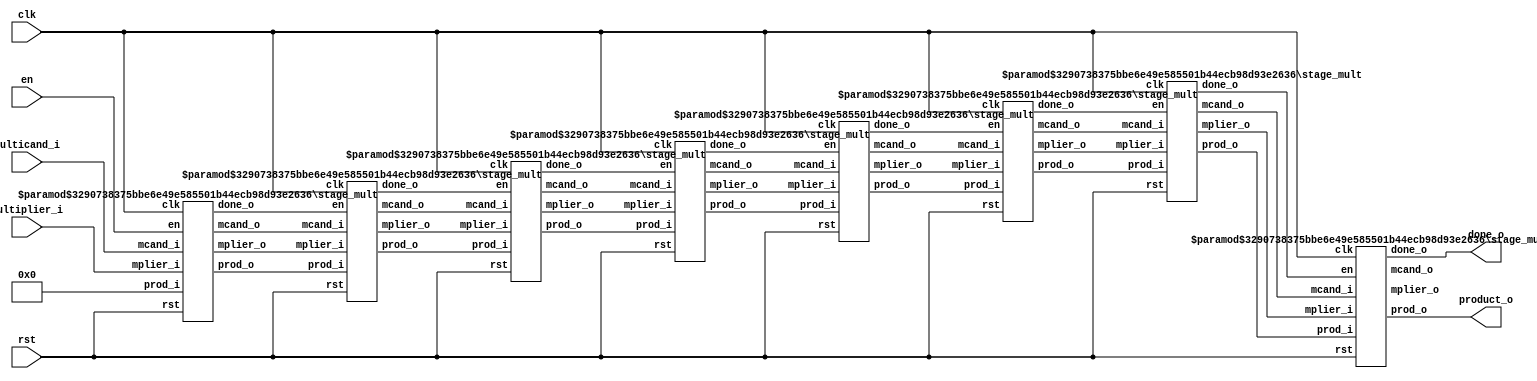
/*
* Copyright (c) 2017 Cory Perry
*
* Permission is hereby granted, free of charge, to any person obtaining a copy
* of this software and associated documentation files (the "Software"), to deal
* in the Software without restriction, including without limitation the rights
* to use, copy, modify, merge, publish, distribute, sublicense, and/or sell
* copies of the Software, and to permit persons to whom the Software is
* furnished to do so, subject to the following conditions:
*
* The above copyright notice and this permission notice shall be included in all
* copies or substantial portions of the Software.
*
* THE SOFTWARE IS PROVIDED "AS IS", WITHOUT WARRANTY OF ANY KIND, EXPRESS OR
* IMPLIED, INCLUDING BUT NOT LIMITED TO THE WARRANTIES OF MERCHANTABILITY,
* FITNESS FOR A PARTICULAR PURPOSE AND NONINFRINGEMENT. IN NO EVENT SHALL THE
* AUTHORS OR COPYRIGHT HOLDERS BE LIABLE FOR ANY CLAIM, DAMAGES OR OTHER
* LIABILITY, WHETHER IN AN ACTION OF CONTRACT, TORT OR OTHERWISE, ARISING FROM,
* OUT OF OR IN CONNECTION WITH THE SOFTWARE OR THE USE OR OTHER DEALINGS IN THE
* SOFTWARE.
*/

module pipe_mult
#(
  parameter DATA_WIDTH = 32,
  parameter STAGES = 8
)
(
  input wire clk,
  input wire rst,
  input wire en,
  input wire  [DATA_WIDTH-1:0] multiplier_i,
  input wire  [DATA_WIDTH-1:0] multicand_i,
  output wire [DATA_WIDTH-1:0] product_o,
  output wire done_o
);
  wire [STAGES-2:0]   inner_dones;
  wire [DATA_WIDTH*(STAGES-1)-1:0] inner_mpliers, inner_mcands, inner_prods;
  wire [DATA_WIDTH-1:0] final_mcand, final_mplier;

  stage_mult #(DATA_WIDTH, DATA_WIDTH / STAGES) stages [STAGES-1:0]
  (
    .clk(clk), .rst(rst),
    .en({inner_dones, en}),
      .mcand_i({inner_mcands, multicand_i}),
      .mplier_i({inner_mpliers, multiplier_i}),
      .prod_i({inner_prods, {DATA_WIDTH{1'b0}}}),
    .done_o({done_o, inner_dones}),
      .mcand_o({final_mcand, inner_mcands}),
      .mplier_o({final_mplier, inner_mpliers}),
      .prod_o({product_o, inner_prods})
  );
  
endmodule

module stage_mult
#(
  parameter DATA_WIDTH = 32,
  parameter SEL_WIDTH = 8
)
(
  input  wire clk,
  input  wire rst,
  input  wire en,
  input  wire [DATA_WIDTH-1:0] mcand_i, mplier_i, prod_i,
  output wire done_o,
  output wire [DATA_WIDTH-1:0] mcand_o, mplier_o, prod_o
);
  wire [DATA_WIDTH-1:0] partial_prod;
  reg  [DATA_WIDTH-1:0] mcand, mplier, prod;
  reg  done;

  assign partial_prod = mplier_i[SEL_WIDTH-1:0] * mcand_i;
  assign mcand_o = mcand;
  assign mplier_o = mplier;
  assign prod_o = prod;
  assign done_o = done;

  always @(posedge clk) begin
    done <= rst ? 0 : en;
    mcand  <= mcand_i << SEL_WIDTH;
    mplier <= mplier_i >> SEL_WIDTH;
    prod   <= prod_i + partial_prod;
  end
endmodule